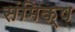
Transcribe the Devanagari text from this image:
संमिक्ष